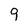
Character: 9